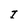
Character: I